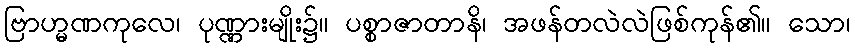
ဗြာဟ္မဏကုလေ၊ ပုဏ္ဏားမျိုး၌။ ပစ္စာဇာတာနိ၊ အဖန်တလဲလဲဖြစ်ကုန်၏။ သော၊